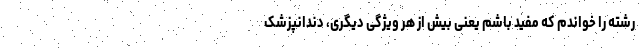
رشته را خواندم که مفید باشم یعنی بیش از هر ویژگی دیگری، دندانپزشک